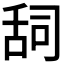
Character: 𮍷